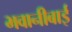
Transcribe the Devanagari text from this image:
भवानीबाई